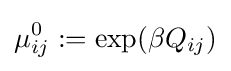
\mu _{ij}^{0}:=\exp(\beta Q_{ij})